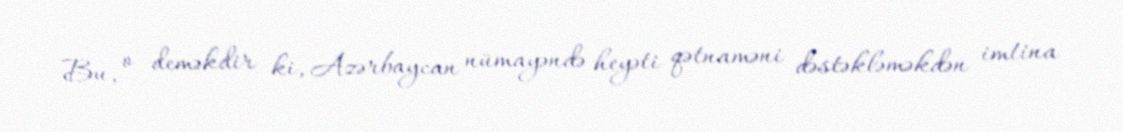
Bu, o deməkdir ki, Azərbaycan nümayəndə heyəti qətnaməni dəstəkləməkdən imtina